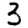
Digit: 3